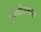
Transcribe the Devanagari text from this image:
पृथ्वीतत्त्वात